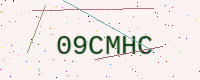
Text: 09CMHC